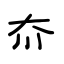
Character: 夼